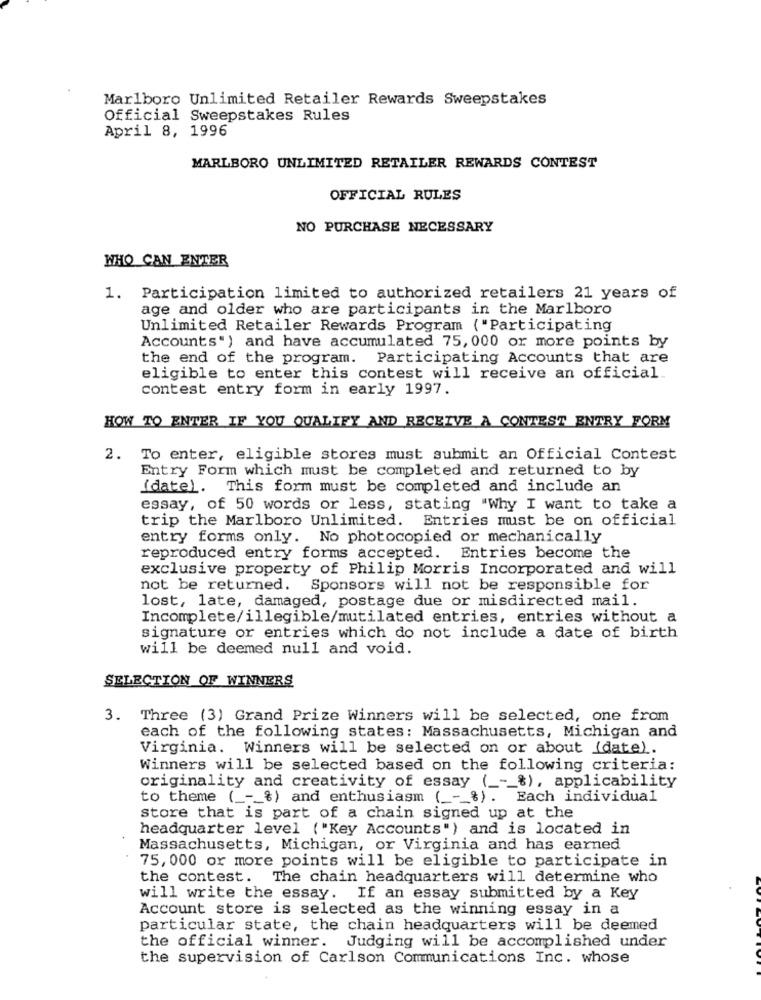
Marlboro Unlimited Retailer Rewards Sweepstakes
Official Sweepstakes Rules
April 8, 1996
MARLBORO UNLIMITED RETAILER REWARDS CONTEST
OFFICIAL RULES
NO PURCHASE NECESSARY
WHO CAN ENTER
1. Participation limited to authorized retailers 21 years of
age and older who are participants in the Marlboro
Unlimited Retailer Rewards Program ("Participating
Accounts") and have accumulated 75, 000 or more points by
the end of the program. Participating Accounts that are
eligible to enter this contest will receive an official
contest entry form in early 1997.
HOW TO ENTER IF YOU QUALIFY AND RECEIVE A CONTEST ENTRY FORM
2. To enter, eligible stores must submit an Official Contest
Entry Form which must be completed and returned to by
(date). This form must be completed and include an
essay, of 50 words or less, stating "Why I want to take a
trip the Marlboro Unlimited. Entries must be on official
entry forms only. No photocopied or mechanically
reproduced entry forms accepted. Entries become the
exclusive property of Philip Morris Incorporated and will
not be returned. Sponsors will not be responsible for
lost, late, damaged, postage due or misdirected mail.
Incomplete/illegible/mutilated entries, entries without a
signature or entries which do not include a date of birth
will be deemed null and void.
SELECTION OF WINNERS
3. Three (3) Grand Prize Winners will be selected, one from
each of the following states: Massachusetts, Michigan and
Virginia. Winners will be selected on or about (date).
Winners will be selected based on the following criteria:
originality and creativity of essay ( _-_ %), applicability
to theme ( _-_ %) and enthusiasm ( ___ %) . Each individual
store that is part of a chain signed up at the
headquarter level ("Key Accounts") and is located in
Massachusetts, Michigan, or Virginia and has earned
75, 000 or more points will be eligible to participate in
the contest. The chain headquarters will determine who
will write the essay. If an essay submitted by a Key
Account store is selected as the winning essay in a
particular state, the chain headquarters will be deemed
the official winner. Judging will be accomplished under
the supervision of Carlson Communications Inc. whose